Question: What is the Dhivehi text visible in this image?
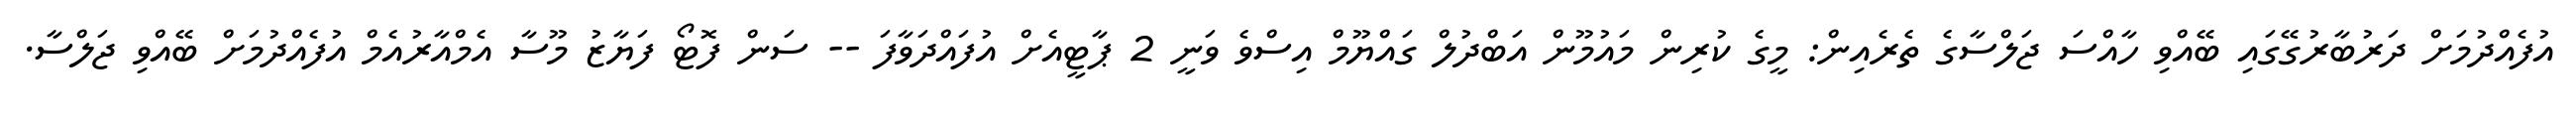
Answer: އުފެއްދުމަށް ދަރުބާރުގޭގައި ބޭއްވި ހާއްސަ ޖަލްސާގެ ތެރެއިން: މީގެ ކުރިން މައުމޫން އަބްދުލް ގައްޔޫމް އިސްވެ ވަނީ 2 ޕާޓީއެށް އުފައްދަވާފަ -- ސަން ފޮޓޯ ފަޔާޒު މޫސާ އެމްއާރުއެމް އުފެއްދުމަށް ބޭއްވި ޖަލްސާ.